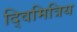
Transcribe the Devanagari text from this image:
द्विमित्रिय